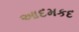
આદમકદ